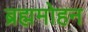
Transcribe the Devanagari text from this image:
ब्रह्ममोहन